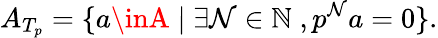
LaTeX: A_{T_{p}}=\{ a\inA\; |\; \exists\mathcal{N}\in\mathbb{{N}}\; ,p^{\mathcal{N}}a=0\} .